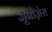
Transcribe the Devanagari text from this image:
जूनोज़ेस